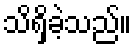
သိရှိခဲ့သည်။